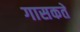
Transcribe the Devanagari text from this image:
गासकते